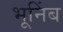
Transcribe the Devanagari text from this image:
भूनिंब